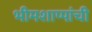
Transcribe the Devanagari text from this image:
भीमशाप्पांची